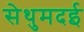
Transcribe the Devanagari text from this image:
सेथुमदई